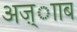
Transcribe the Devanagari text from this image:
अज़्ााब